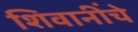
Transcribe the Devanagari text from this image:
शिवानींचे